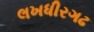
લખધીરગઢ